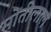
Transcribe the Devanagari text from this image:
माेतीलाल